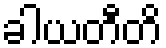
ခါယတီတိ